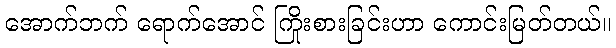
အောက်ဘက် ရောက်အောင် ကြိုးစားခြင်းဟာ ကောင်းမြတ်တယ်။